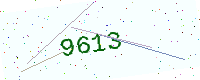
Text: 9613